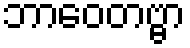
ဘာဝေတဗ္ဗာ